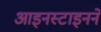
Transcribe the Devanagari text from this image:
आइनस्टाइनने